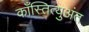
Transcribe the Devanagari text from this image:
काँस्तित्युअंत